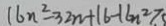
1 6 n ^ { 2 } - 3 2 n + 1 6 - 1 6 n ^ { 2 } 7 . 5